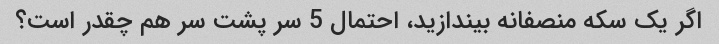
اگر یک سکه منصفانه بیندازید، احتمال 5 سر پشت سر هم چقدر است؟